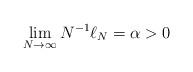
LaTeX: \begin{align*} \lim_{N \to \infty} N^{-1} \ell_N = \alpha > 0\end{align*}